Problem: 37 + 50 = ?
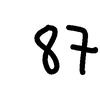
Handwritten answer: 87